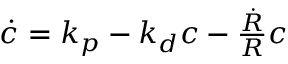
\begin{array} { r } { \dot { c } = k _ { p } - k _ { d } c - \frac { \dot { R } } { R } c } \end{array}